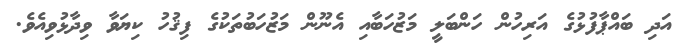
އަދި ބައްޕާފުޅުގެ އަރިހުން ހަންބަލީ މަޒުހަބާއި އެނޫން މަޒުހަބުތަކުގެ ފިޤުހު ކިޔަވާ ވިދާޅުވިއެވެ.